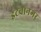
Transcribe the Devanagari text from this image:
इटवानगर